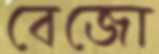
বেজো